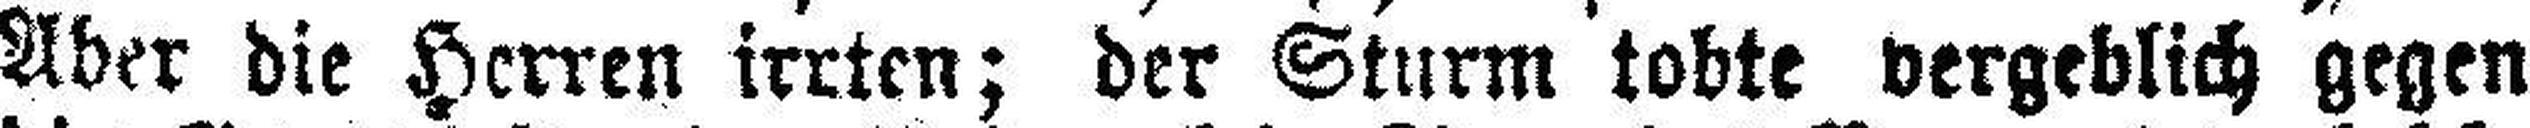
Aber die Herren irrten; der Sturm tobte vergeblich gegen